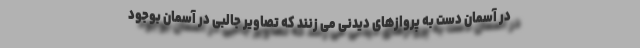
در آسمان دست به پروازهای دیدنی می زنند که تصاویر جالبی در آسمان بوجود